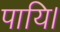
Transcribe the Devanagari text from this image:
पायि।